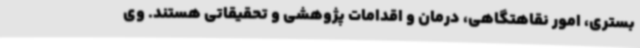
بستری، امور نقاهتگاهی، درمان و اقدامات پژوهشی و تحقیقاتی هستند. وی